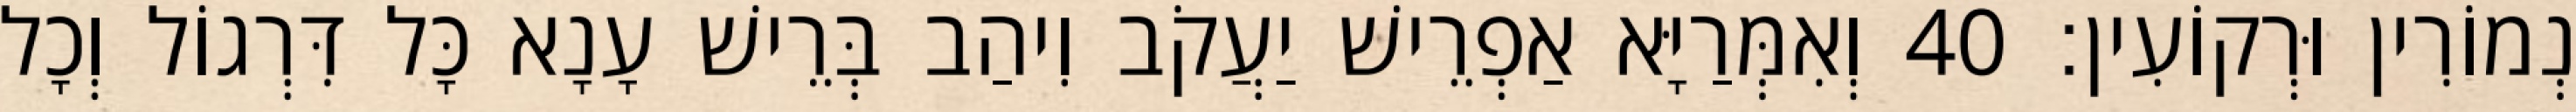
נְמוֹרִין וּרְקוֹעִין׃ 40 וְאִמְּרַיָּא אַפְרֵישׁ יַעֲקֹב וִיהַב בְּרֵישׁ עָנָא כָּל דִּרְגוֹל וְכָל